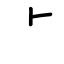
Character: ⺊